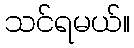
သင်ရမယ်။